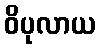
ဝိပုလာယ